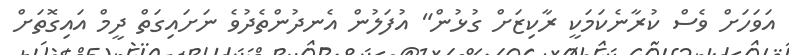
އަވަހަށް ވެސް ކުރާނެކަމަކީ ރާކިޒަށް ގުޅުން" އުފަލުން އެނދުންތެދުވެ ނަށައިގަތް ދީމް އައިގޮތަށް